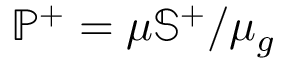
\mathbb { P } ^ { + } = \mu \mathbb { S } ^ { + } / \mu _ { g }